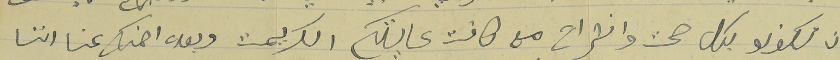
بان تكونو بكل صحت وانشراح مع كافة عايلتكم الكريمة وبعده اطمنك عنا اننا